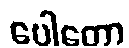
ပေါတော